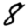
Digit: 8